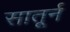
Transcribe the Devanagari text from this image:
सातूर्न